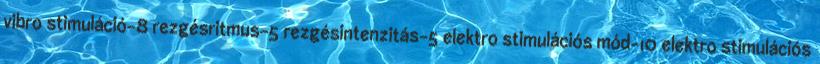
vibro stimuláció-8 rezgésritmus-5 rezgésintenzitás-5 elektro stimulációs mód-10 elektro stimulációs